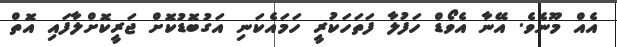
އެއް މޫނެވެ. އޭނާ އެވޯޑް ހަފުލާ ފަތަހަކުރީ ހަމައެކަނި އަގުބޮޑުކޮށް ޖަރީކޮށްލާފައި އޮތް